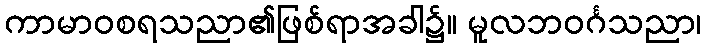
ကာမာဝစရသညာ၏ဖြစ်ရာအခါ၌။ မူလဘဝင်္ဂသညာ၊